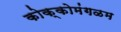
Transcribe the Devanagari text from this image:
कोक्कोमंगळम